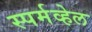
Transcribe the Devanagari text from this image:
स्पर्मव्हेल